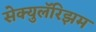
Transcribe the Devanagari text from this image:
सेक्युलॅरिझम